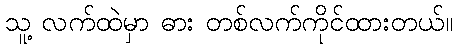
သူ့ လက်ထဲမှာ ဓား တစ်လက်ကိုင်ထားတယ်။